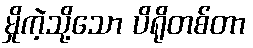
မှိုကဲ့သို့သော ပိရိုတစ်တာ